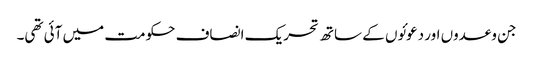
جن وعدوں اور دعوئوں کے ساتھ تحریک انصاف حکومت میں آئی تھی۔